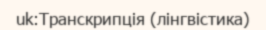
uk:Транскрипція (лінгвістика)